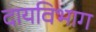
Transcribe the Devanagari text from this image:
दायविभाग